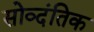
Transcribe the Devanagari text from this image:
सोव्दंतिक